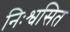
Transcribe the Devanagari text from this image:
निःश्वसित